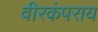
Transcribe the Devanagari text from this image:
वीरकंपराय